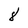
Character: 8